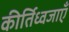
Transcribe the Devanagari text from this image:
कीर्तिध्वजाएँ